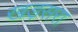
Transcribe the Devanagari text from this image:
खड़सरा